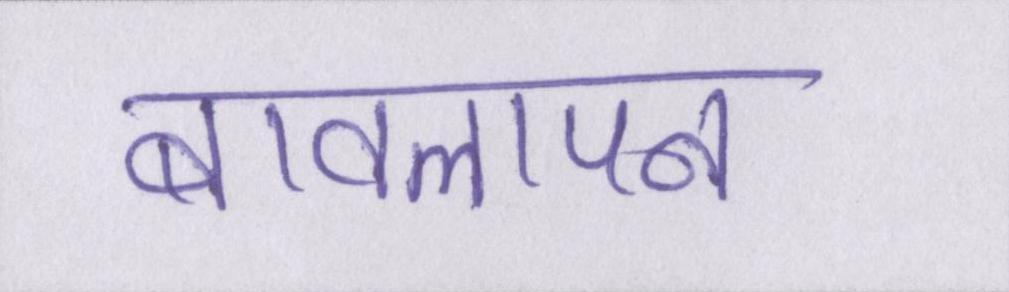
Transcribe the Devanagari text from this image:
बावलापन